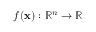
f ( \mathbf { x } ) : \mathbb { R } ^ { n } \to \mathbb { R }